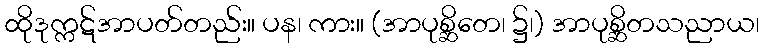
ထိုဒုက္ကဋ်အာပတ်တည်း။ ပန၊ ကား။ (အာပုစ္ဆိတေ၊ ၌၊) အာပုစ္ဆိတသညာယ၊